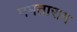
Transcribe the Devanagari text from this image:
ममताराम